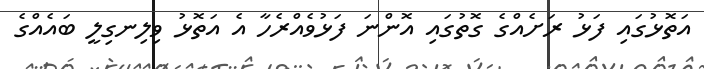
އަތޮޅުގައި ފަޅު ރަށެއްގެ ގޮތުގައި އޮންނަ ފަޅުވެއްރެހާ އެ އަތޮޅު ވިލިނގިލީ ބައެއްގެ